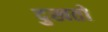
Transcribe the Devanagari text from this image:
दुखतो